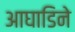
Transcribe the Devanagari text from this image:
आघाडिने